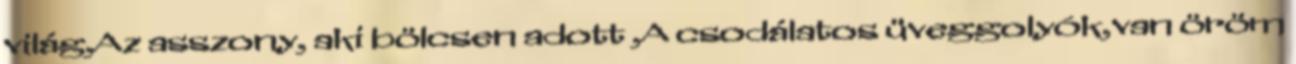
világ,Az asszony, aki bölcsen adott ,A csodálatos üveggolyók,van öröm